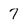
Character: 7